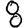
Digit: 8